Report on the treatment of epidemic cholera: from information collected by the governments of Bengal, Madras, Bombay, N.W. Provinces, Punjab, Oudh, and Central India, by order of the Government of India
Disease focus: Cholera
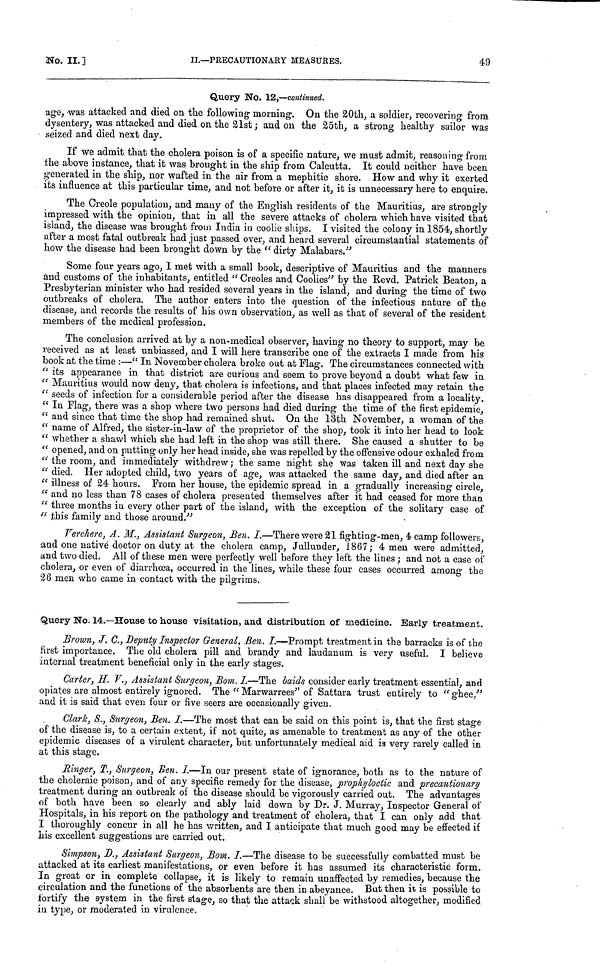
No.
II.]
II.—PRECAUTIONARY MEASURES.
49
Query No. 12,—continued.
age, was attacked and died on the following morning. On the 20th, a soldier, recovering from
dysentery, was attacked and died on the 21st ; and on the 25th, a strong healthy sailor was
seized and died next day.
If we admit that the cholera poison is of a specific nature, we must admit, reasoning from
the above instance, that it was brought in the ship from Calcutta. It could neither have been
generated in the ship, nor wafted in the air from a mephitic shore. How and why it exerted
its influence at this particular time, and not before or after it, it is unnecessary here to enquire.
The Creole population, and many of the English residents of the Mauritius, are strongly
impressed with the opinion, that in all the severe attacks of cholera which have visited that
island, the disease was brought from India in coolie ships. I visited the colony in 1854, shortly
after a most fatal outbreak had just passed over, and heard several circumstantial statements of
how the disease had been brought down by the "dirty Malabars."
Some four years ago, I met with a small book, descriptive of Mauritius and the manners
and customs of the inhabitants, entitled "Creoles and Coolies'' by the Revd. Patrick Beaton, a
Presbyterian minister who had resided several years in the island, and during the time of two
outbreaks of cholera. The author enters into the question of the infectious nature of the
disease, and records the results of his own observation, as well as that of several of the resident
members of the medical profession.
The conclusion arrived at by a non-medical observer, having no theory to support, may be
received as at least unbiassed, and I will here transcribe one of the extracts I made from his
book at the time :—" In November cholera broke out at Flag. The circumstances connected with
"its appearance in that district are curious and seem to prove beyond a doubt what few in
"Mauritius would now deny, that cholera is infections, and that places infected may retain the
"seeds of infection for a considerable period after the disease has disappeared from a locality.
"In Flag, there was a shop where two persons had died during the time of the first epidemic,
"and since that time the shop had remained shut. On the 13th November, a woman of the
"name of Alfred, the sister-in-law of the proprietor of the shop, took it into her head to look
"whether a shawl which she had left in the shop was still there. She caused a shutter to be
"opened, and on putting only her head inside, she was repelled by the offensive odour exhaled from
"the room, and immediately withdrew ; the same night she was taken ill and next day she
"died. Her adopted child, two years of age, was attacked the same day, and died after an
"illness of 24 hours. From her house, the epidemic spread in a gradually increasing circle,
"and no less than 78 cases of cholera presented themselves after it had ceased for more than
"three months in every other part of the island, with the exception of the solitary case of
"this family and those around."
Verchere, A. M., Assistant Surgeon, Ben. I.—There were 21 fighting-men, 4 camp followers,
and one native doctor on duty at the cholera camp, Jullunder, 1867; 4 men were admitted,
and two died. All of these men were perfectly well before they left the lines ; and not a case of
cholera, or even of diarrhœa, occurred in the lines, while these four cases occurred among the
26 men who came in contact with the pilgrims.
Query No. 14.—House to house visitation, and distribution of medicine. Early treatment.
Brown, J. C., Deputy Inspector General, Ben. I.—Prompt treatment in the barracks is of the
first importance. The old cholera pill and brandy and laudanum is very useful. I believe
internal treatment beneficial only in the early stages.
Carter, H. V., Assistant Surgeon, Bom. I—The baids consider early treatment essential, and
opiates are almost entirely ignored. The "Marwarrees" of Sattara trust entirely to "ghee,"
and it is said that even four or five seers are occasionally given.
Clark, S., Surgeon, Ben. I.—The most that can be said on this point is, that the first stage
of the disease is, to a certain extent, if not quite, as amenable to treatment as any of the other
epidemic diseases of a virulent character, but unfortunately medical aid is very rarely called in
at this stage.
Ringer, T., Surgeon, Ken. I.—In our present state of ignorance, both as to the nature of
the choleraic poison, and of any specific remedy for the disease, prophyloctic and precautionary
treatment during an outbreak of the disease should be vigorously carried out. The advantages
of both have been so clearly and ably laid down by Dr. J. Murray, Inspector General of
Hospitals, in his report on the pathology and treatment of cholera, that I can only add that
I thoroughly concur in all he has written, and I anticipate that much good may be effected if
his excellent suggestions are carried out.
Simpson, D., Assistant Surgeon, Bom. I.—The disease to be successfully combatted must be
attacked at its earliest manifestations, or even before it has assumed its characteristic form.
In great or in complete collapse, it is likely to remain unaffected by remedies, because the
circulation and the functions of the absorbents are then in abeyance. But then it is possible to
fortify the system in the first stage, so that the attack shall be withstood altogether, modified
in type, or moderated in virulence.